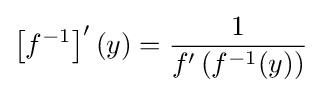
\left[f^{-1}\right]'(y)={\frac {1}{f'\left(f^{-1}(y)\right)}}